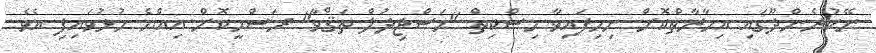
ނޭކުރެންދޫގައި އިމާރާތްކޮށް ނިމިފައިވާ މިސްކިތް "މަސްޖިދުލް ތަޤްވާ" ރަސްމީކޮށް އިއްޔެ ހުޅުވައިފި އެވެ.